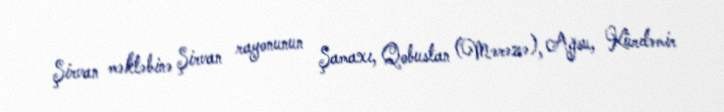
Şirvan məktəbinə Şirvan rayonunun Şamaxı, Qobustan (Mərəzə), Ağsu, Kürdəmir